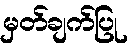
မှတ်ချက်ပြု